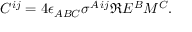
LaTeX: C ^ { i j } = 4 \epsilon _ { A B C } \sigma ^ { A \, i j } \Re E ^ { B } M ^ { C } .